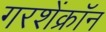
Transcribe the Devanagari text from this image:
गरशेंक्रॉन